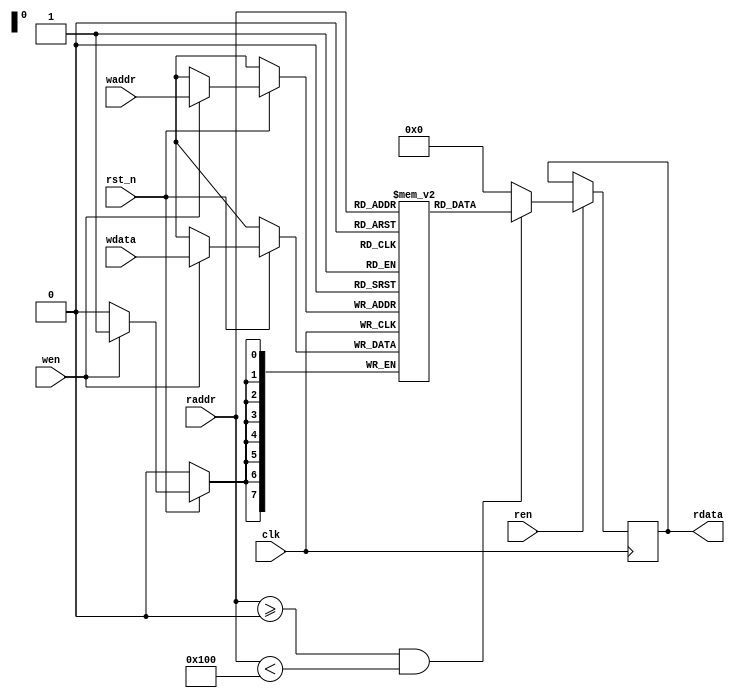
`timescale 1ns / 1ps

module iic_slave_ram #(
		parameter integer IIC_SLAVE_DATA_WIDTH = 8,

		parameter integer OPT_MEM_ADDR_BITS = 8
	)
	(
		input wire clk,
		input wire rst_n,

		input wire wen,
		input wire [IIC_SLAVE_DATA_WIDTH - 1 : 0] wdata,
		input wire [OPT_MEM_ADDR_BITS - 1 : 0] waddr,

		input wire ren,
		output reg [IIC_SLAVE_DATA_WIDTH - 1 : 0] rdata = 0,
		input wire [OPT_MEM_ADDR_BITS - 1 : 0] raddr
	);

	// implement Block RAM(s)
	// for write command
	//
	localparam integer MEMSIZE = (1 << (OPT_MEM_ADDR_BITS));

	reg [IIC_SLAVE_DATA_WIDTH - 1 : 0] data[0 : MEMSIZE - 1];

	always @(posedge clk) begin
		if (rst_n == 1'b0) begin
		end 
		else begin
			if (wen == 1) begin
				data[waddr] <= wdata;
			end
			else begin
			end
		end
	end

	always @(posedge clk) begin
		if (ren == 1) begin
			if((raddr >= 0) && (raddr < MEMSIZE)) begin
				rdata <= data[raddr];
			end
			else begin
				rdata <= 0;
			end
		end
		else begin
		end
	end
endmodule